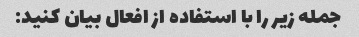
جمله زیر را با استفاده از افعال بیان کنید: